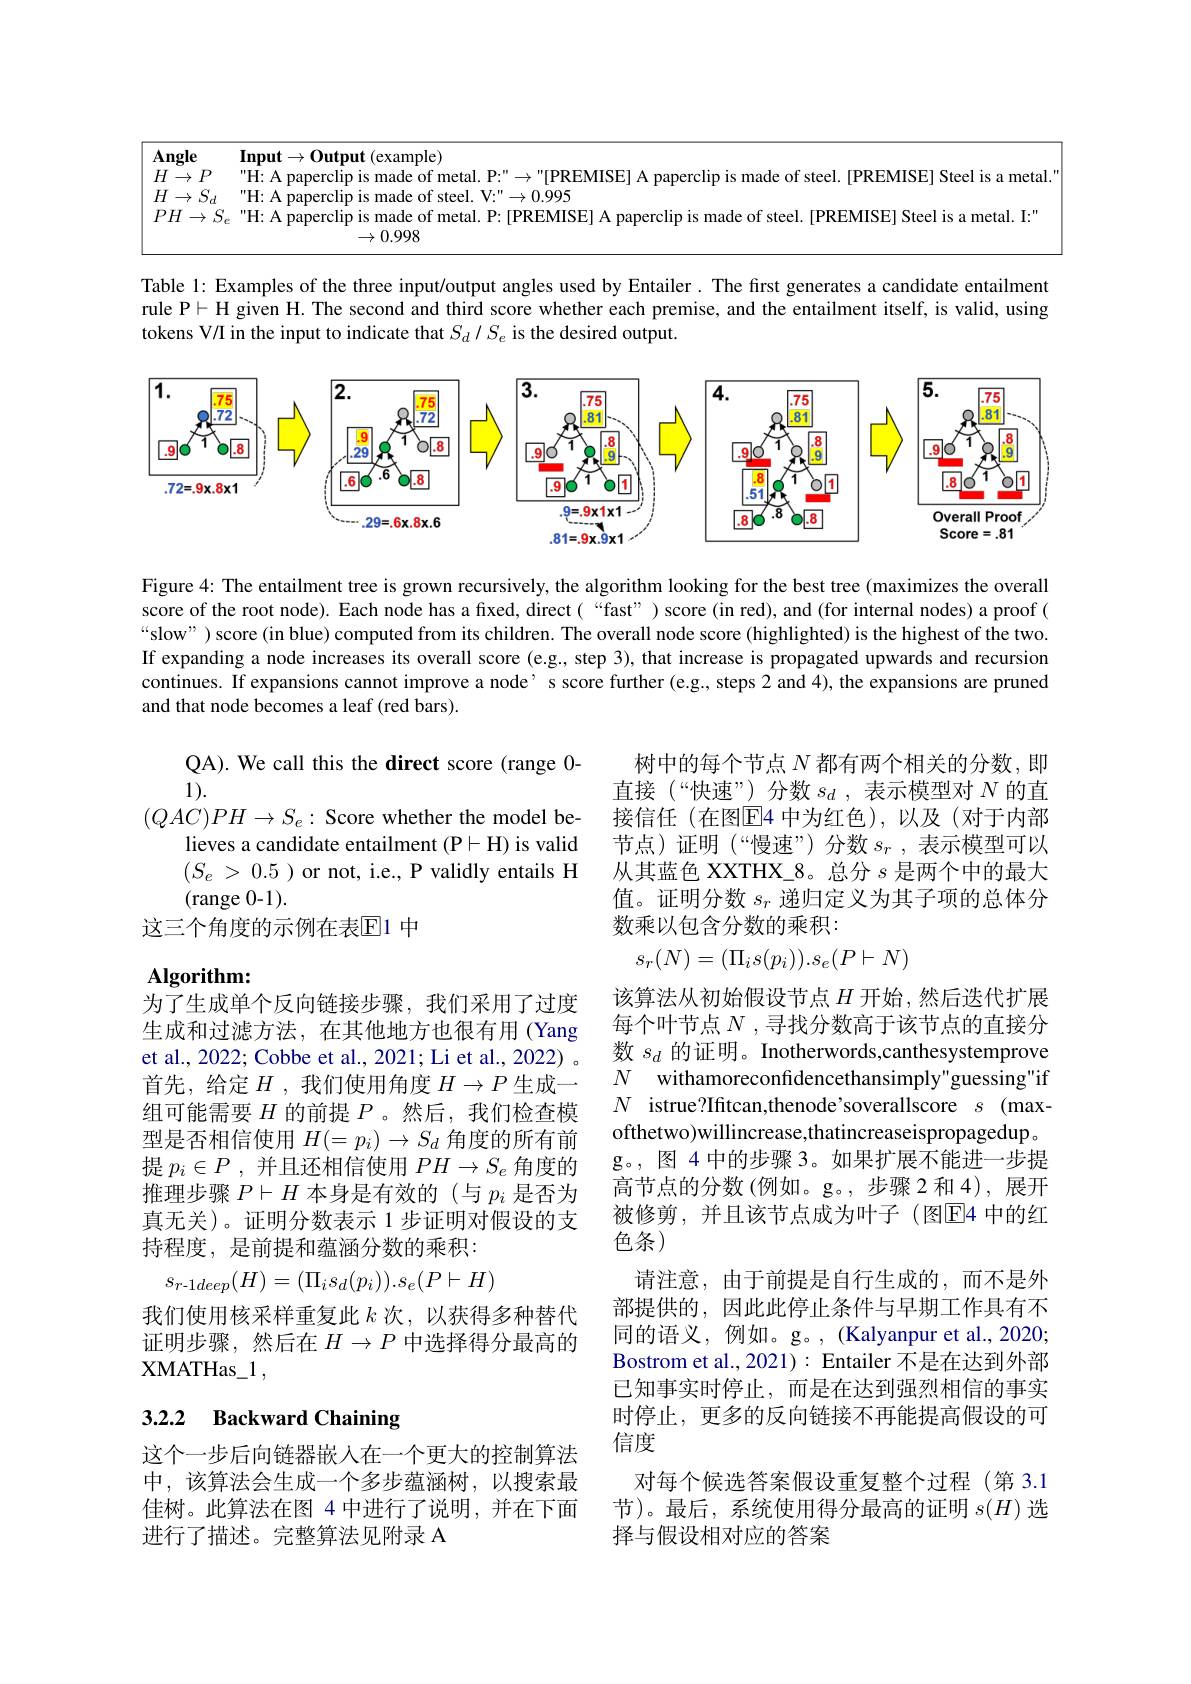
<table>
	<tbody>
		<tr>
			<td>Angle</td>
			<td>$\mathbf{Input}\to\mathbf{Output}($example)</td>
		</tr>
		<tr>
			<td>$H$ $P$ $\rightarrow$</td>
			<td>ade of steel IPREMISEI Steel is a meta</td>
		</tr>
		<tr>
			<td>$H$ $S_{d}$ $I\rightarrow$ ,</td>
			<td>"H: A paperclip is made of steel. V:"\to0.995</td>
		</tr>
		<tr>
			<td>$I\rightarrow S_e$ $PH$</td>
			<td>" H: A paperclip is made of metal. P: [ PREMISE] A paperclip is made of steel. [ PREMISE] Steel is a metal. I: " 0.998</td>
		</tr>
	</tbody>
</table>

Table l: Examples of the three input/output angles used by Entailer. The first generates a candidate entailment rule P$\vdash$H given H. The second and third score whether each premise, and the entailment itself, is valid, using tokens V/I in the input to indicate that $S_d/S_e$ is the desired output.

<FigureHere>

Figure 4: The entailment tree is grown recursively, the algorithm looking for the best tree (maximizes the overall score of the root node). Each node has a fixed, direct( “fast”) score (in red), and (for internal nodes) a proof ( “slow”) score(in blue) computed from its children. The overall node score (highlighted) is the highest of the two. If expanding a node increases its overall score (e.g., step 3), that increase is propagated upwards and recursion continues. If expansions cannot improve a node’ s score further (e.g., steps 2 and 4), the expansions are pruned and that node becomes a leaf (red bars).

树中的每个节点$N$都有两个相关的分数，即直接(“快速”) 分数$s_d$,表示模型对$N$的直接信任 (在图$\overline{\mathrm{E}}$4 中为红色),以及(对于内部节点)证明(“慢速”)分数$s_r$,表示模型可以从其蓝色 XXTHX\_8。总分$s$是两个中的最大值。证明分数$s_r$递归定义为其子项的总体分数乘以包含分数的乘积：

QA). We call this the direct score (range 0-
1).
$(QAC)PH\to S_{e}:$ Score whether the model be-
lieves a candidate entailment (P- H) is valid $( S_{e}$ > 0.5 ) or not, i.e., P validly entails H (range 0-1).
这三个角度的示例在表$\mathbb{E}$1 中
$$s_r(N)=(\Pi_is(p_i)).s_e(P\vdash N)$$
## Algorithm:

该算法从初始假设节点$H$开始，然后迭代扩展每个叶节点$N$ ,寻找分数高于该节点的直接分数$s_d$的证明。Inotherwords,canthesystemprove $N$ withamoreconfdencethansimply"guessing"if $N$ istrue?Ifitcan,thenode'soverallscore $s$ (maxofthetwo)willincrease,thatincreaseispropagedup。g。,图 4 中的步骤 3。如果扩展不能进一步提高节点的分数(例如。g。,步骤2和4),展开被修剪，并且该节点成为叶子(图$\overline{\mathrm{E}}$4 中的红色条)
请注意，由于前提是自行生成的，而不是外部提供的，因此此停止条件与早期工作具有不同的语义，例如。g。,(Kalyanpur et al.,2020; Bostrom et al., 2021): Entailer 不是在达到外部已知事实时停止，而是在达到强烈相信的事实时停止，更多的反向链接不再能提高假设的可信度
对每个候选答案假设重复整个过程(第 3.1节)。最后，系统使用得分最高的证明$s(H)$选择与假设相对应的答案

为了生成单个反向链接步骤，我们采用了过度生成和过滤方法，在其他地方也很有用 (Yang et al., 2022; Cobbe et al., 2021; Li et al., 2022) 。首先，给定$H$ ,我们使用角度 $H\to P$ 生成一组可能需要$H$的前提$P$ 。然后，我们检查模型是否相信使用$H(=p_i)\to S_d$角度的所有前提$p_i\in P$ ,并且还相信使用$PH\to S_e$角度的推理步骤$P\vdash H$本身是有效的(与$p_i$是否为真无关)。证明分数表示 1 步证明对假设的支持程度，是前提和蕴涵分数的乘积：
$$s_{r-1deep}(H)=(\Pi_is_d(p_i)).s_e(P\vdash H)$$
我们使用核采样重复此$k$次，以获得多种替代证明步骤，然后在$H\to P$中选择得分最高的XMATHas_1 ,

# 3.2.2 Backward Chaining

这个一步后向链器嵌入在一个更大的控制算法中，该算法会生成一个多步蕴涵树，以搜索最佳树。此算法在图 4 中进行了说明，并在下面进行了描述。完整算法见附录 A